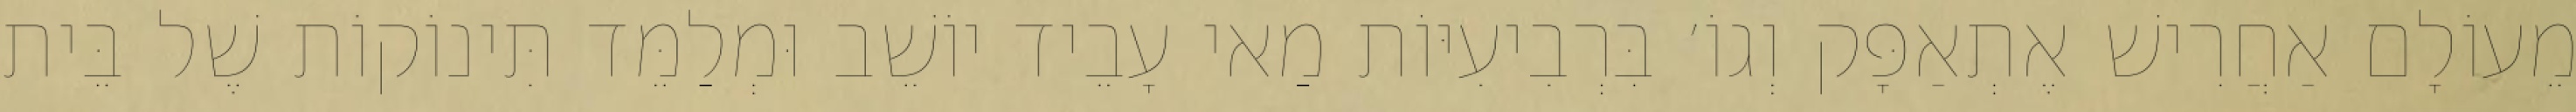
מֵעוֹלָם אַחֲרִישׁ אֶתְאַפָּק וְגוֹ׳ בִּרְבִיעִיּוֹת מַאי עָבֵיד יוֹשֵׁב וּמְלַמֵּד תִּינוֹקוֹת שֶׁל בֵּית